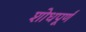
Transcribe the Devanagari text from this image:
शोधपूर्णं